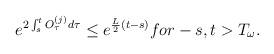
LaTeX: \begin{align*}e^{2\int_s^tO_\tau ^{(j)}d\tau }\leq e^{\frac L2(t-s)}for-s,t>T_\omega .\end{align*}